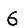
Digit: 6